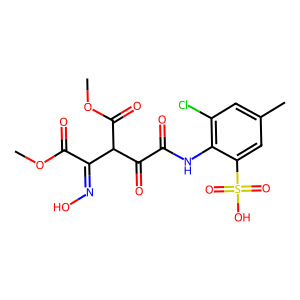
SMILES: COC(=O)C(=NO)C(C(=O)OC)C(=O)C(=O)Nc1c(Cl)cc(C)cc1S(=O)(=O)O
Inhibits HIV replication: No